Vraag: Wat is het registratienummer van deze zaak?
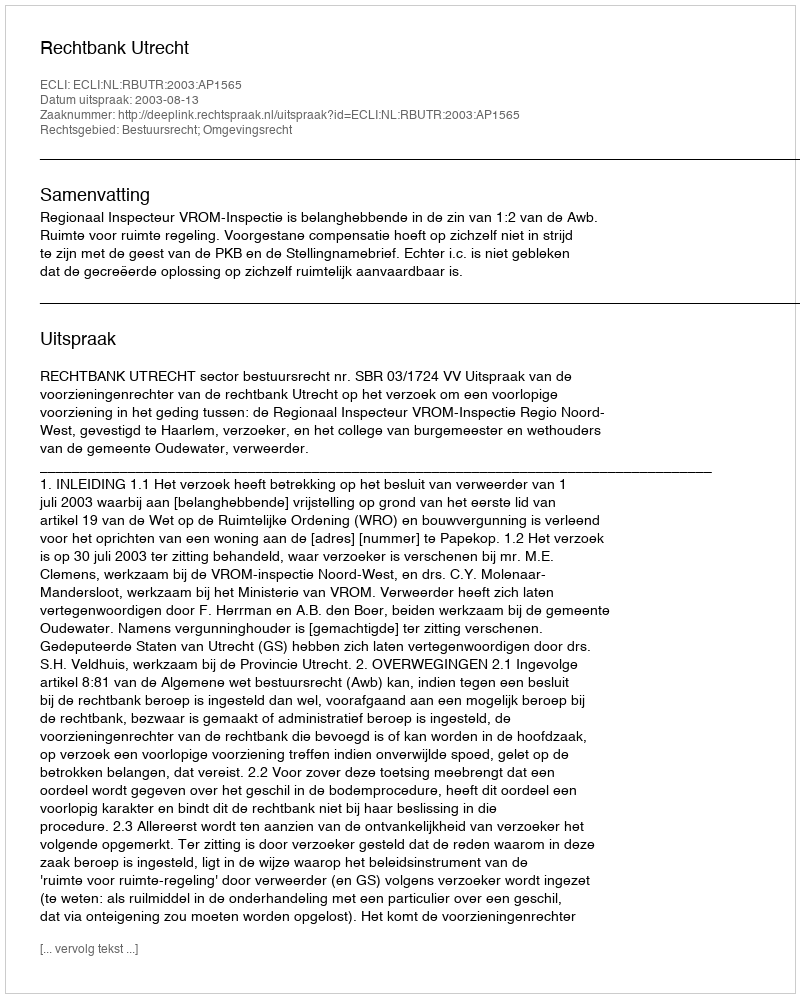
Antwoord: http://deeplink.rechtspraak.nl/uitspraak?id=ECLI:NL:RBUTR:2003:AP1565